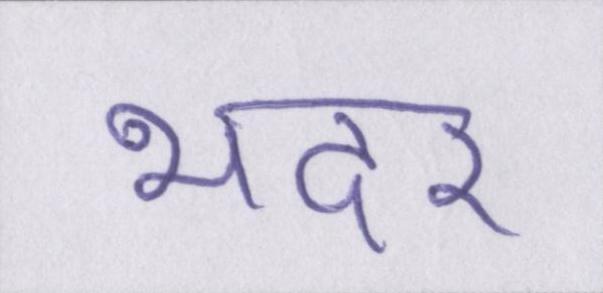
भदर